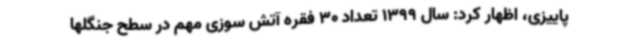
پاییزی، اظهار کرد: سال 1399 تعداد 30 فقره آتش سوزی مهم در سطح جنگلها